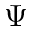
\Psi